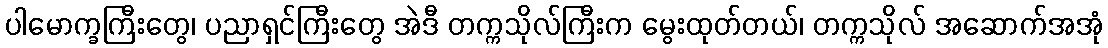
ပါမောက္ခကြီးတွေ၊ ပညာရှင်ကြီးတွေ အဲဒီ တက္ကသိုလ်ကြီးက မွေးထုတ်တယ်၊ တက္ကသိုလ် အဆောက်အအုံ